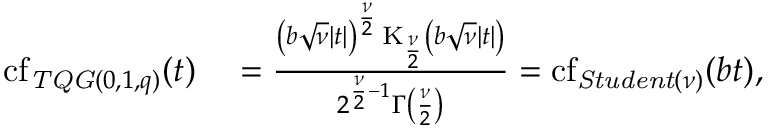
\begin{array} { r l } { \operatorname { c f } _ { \mathit { T Q G } ( 0 , 1 , q ) } ( t ) } & { { } = \frac { \left( b \sqrt { \nu } | t | \right) ^ { \frac { \nu } { 2 } } \operatorname { K } _ { \frac { \nu } { 2 } } \left( b \sqrt { \nu } | t | \right) } { 2 ^ { \frac { \nu } { 2 } - 1 } \Gamma \left( \frac { \nu } { 2 } \right) } = \operatorname { c f } _ { \mathit { S t u d e n t } ( \nu ) } ( b t ) , } \end{array}